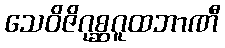
သေဝိဇိဂုစ္ဆဂူထဘာဏီ